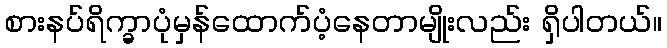
စားနပ်ရိက္ခာပုံမှန်ထောက်ပံ့နေတာမျိုးလည်း ရှိပါတယ်။